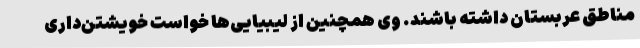
مناطق عربستان داشته باشند. وی همچنین از لیبیایی‌ها خواست خویشتن‌داری